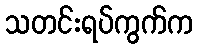
သတင်းရပ်ကွက်က